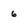
Character: 6